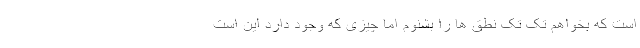
است که بخواهم تک تک نطق ها را بشنوم اما چیزی که وجود دارد این است